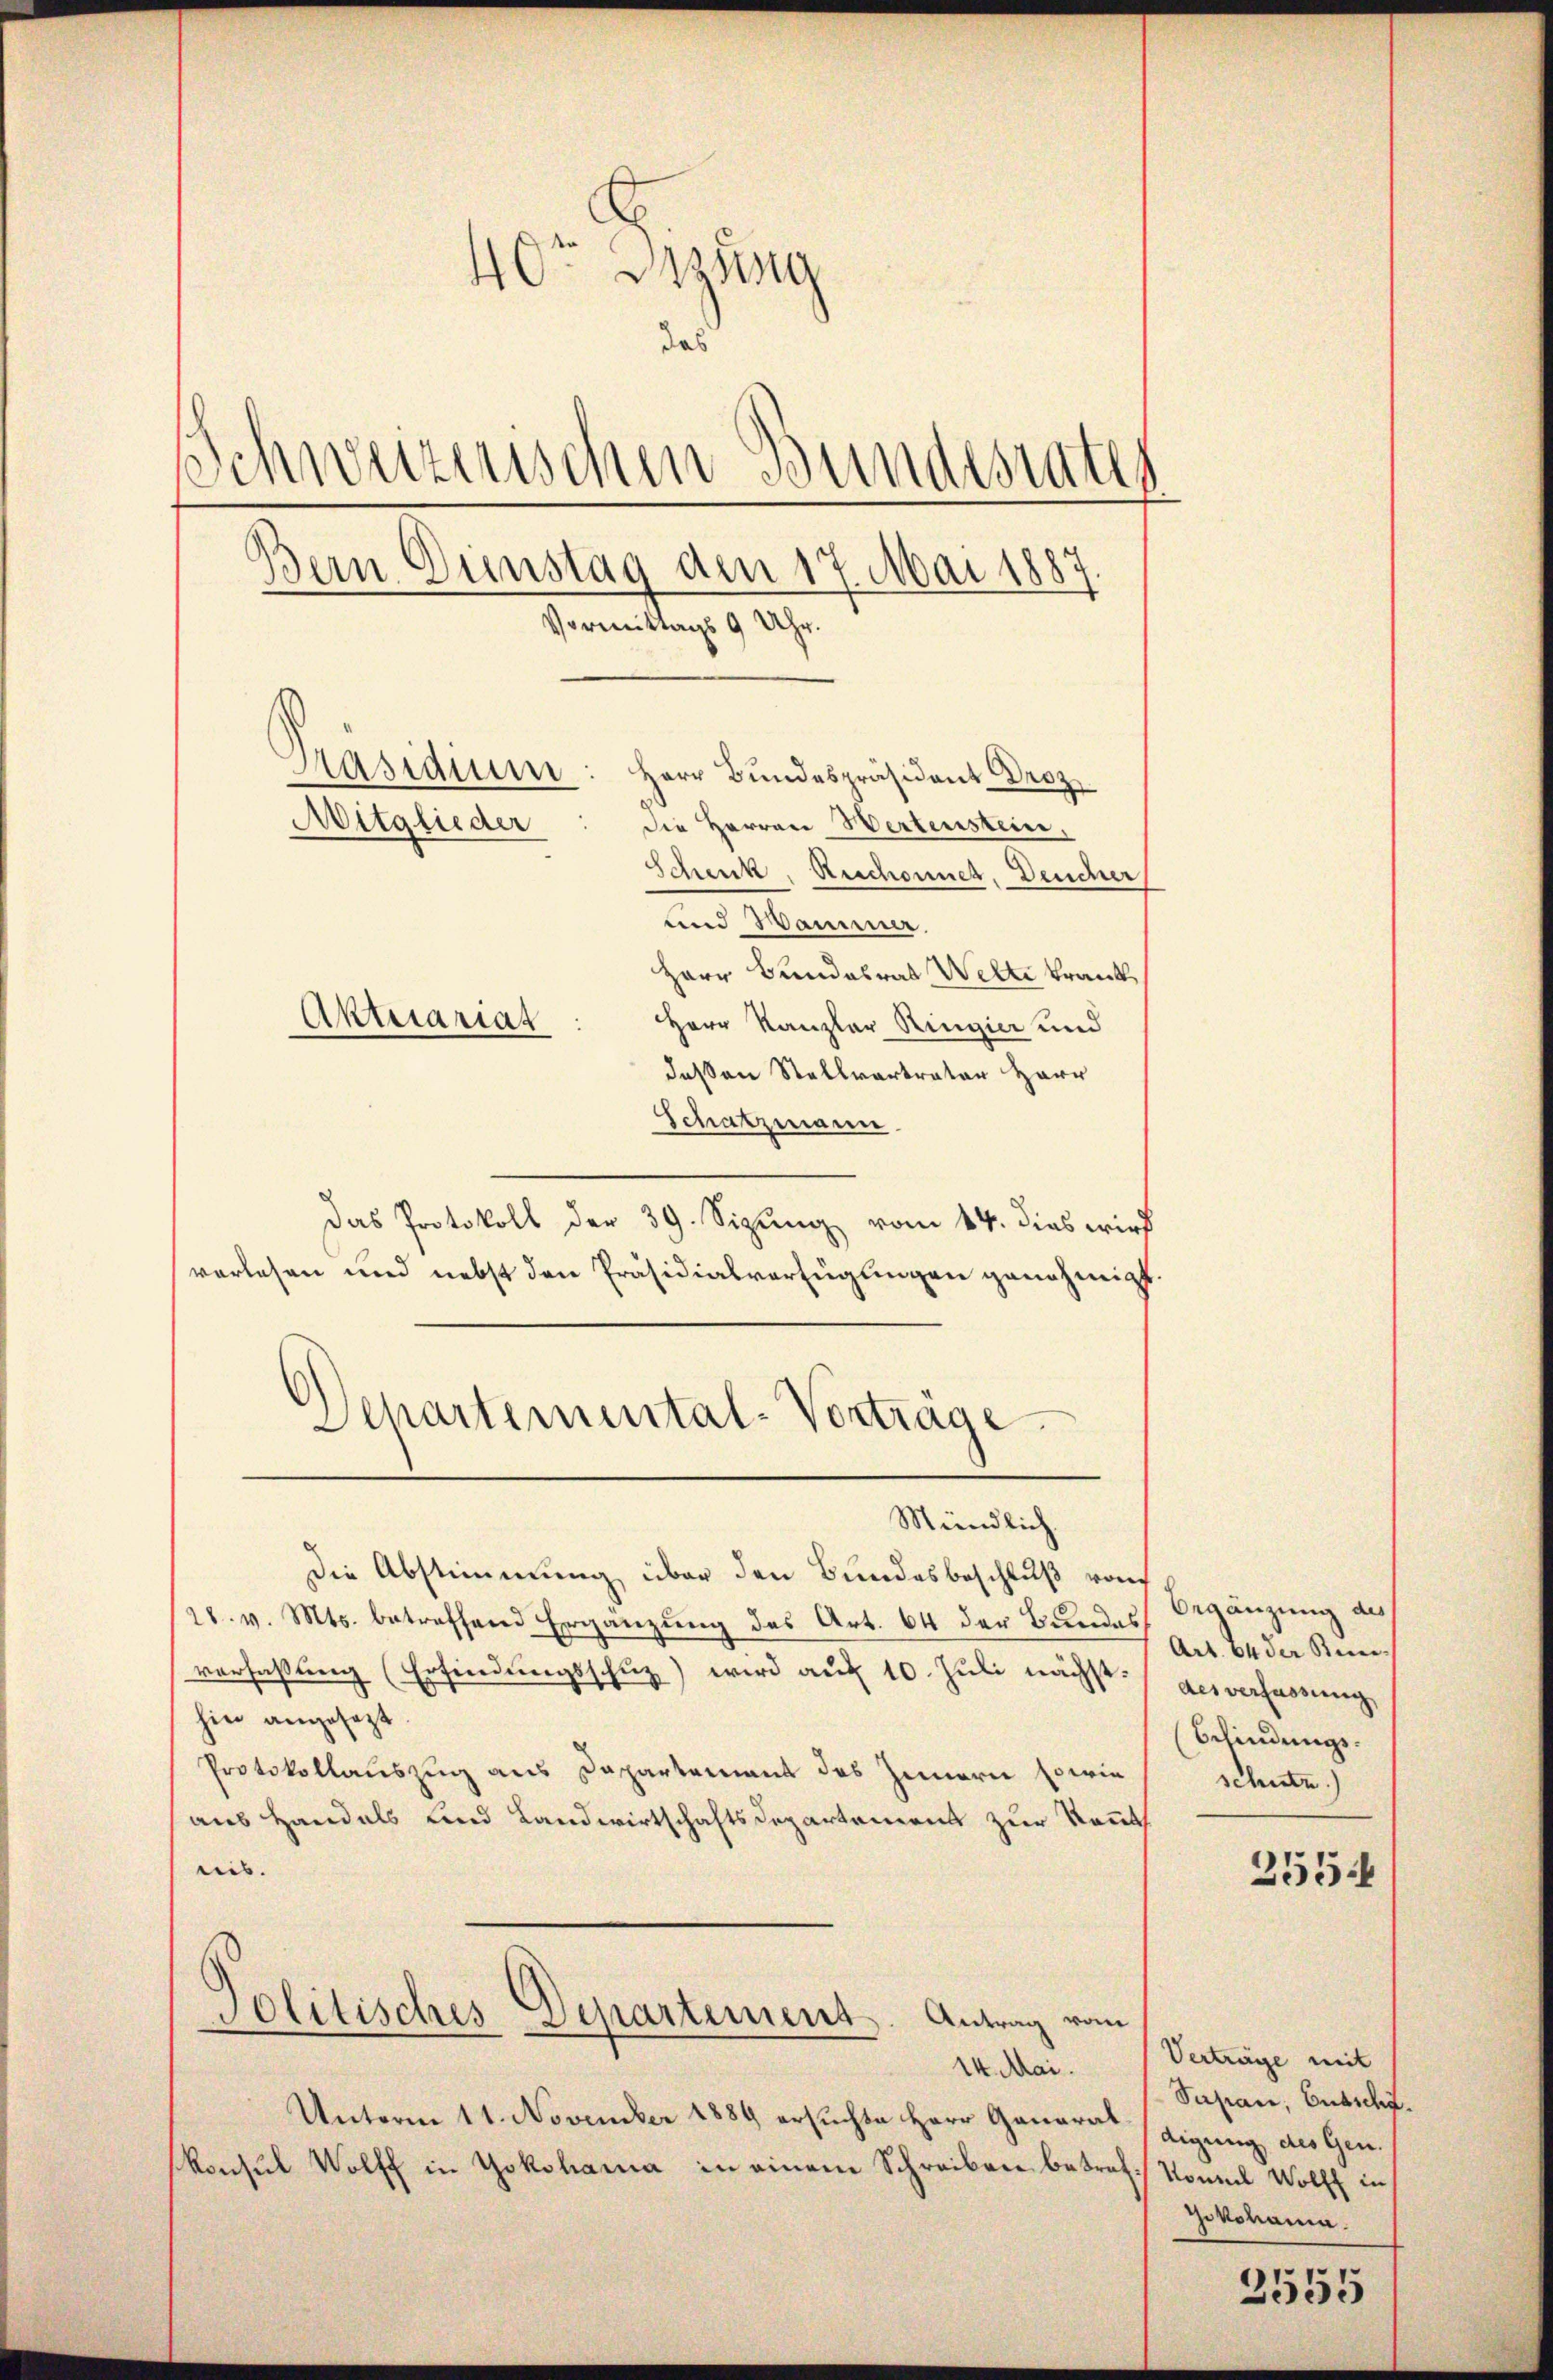
40ten Sitzung
da
Schweizerischen Bundesrates
Bern Ennstag dem 17. Mai 1887.
Vormittags 9 Uhr.
Präsidium: Herr Bŭndespräsident Droz.
Mitglieder
die Herren Wertenstein,
Schenk, Aeschonner, Deucher
und Wammer.
Herr Bundesrat Welti krank¬
Aktuariat
Herr Kanzler Ringier und
deßen Stellvertrator Herr

Schatzmann.
Das Protokoll der 39. Sizung vom 14. dies wird
vorlesen und nebst den Präsidialverfügungen genehmigt
Departemental-Vorträge

Mündlich

Die Abstimmung über den Bundesbeschluß vom
28. v. Mts. betreffend Ergänzung des Art. 64 der Bundes
verfaßung (Erfindungsschuz) wird auf 10. Juli nächst: des verfassung,
hin angesezt.
Protokollauszug aus Dapartement des Innern sowie
aus Handals und Landwirtschaftsdepartement zur Kennt
ris.
Politisches Departement. Antrag vom
14. Mai.
Unterm 11. November 1889 ersuchte Herr Ganara Tigung des Gen.
Konsul Wolff in Yokohama in einem Schreiben betroff Sonnel Wolff in

Begänzung des
Art. 64 der Bien- |
(Schindungsschutz.)
255.

Verträge mit
Sapan, Gutsch.
Jokohama.
2555